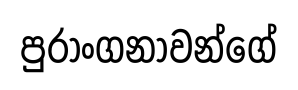
පුරාංගනාවන්ගේ